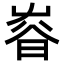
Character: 𡴜